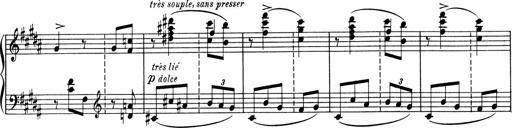
Title: Sonatine pour piano
Composer: Albert Roussel